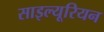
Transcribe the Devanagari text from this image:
साइल्यूरियन